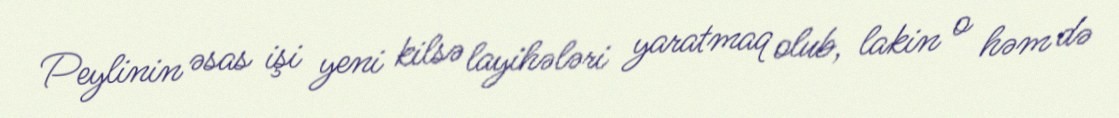
Peylinin əsas işi yeni kilsə layihələri yaratmaq olub, lakin o həm də